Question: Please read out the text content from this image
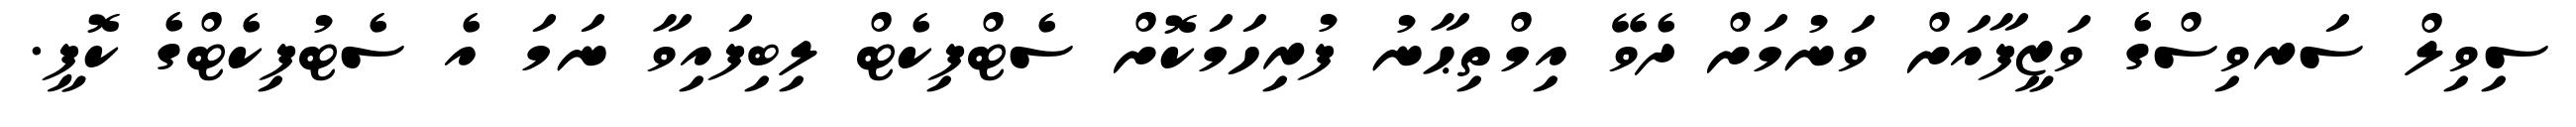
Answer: ސިވިލް ސަރވިސްގެ ވަޒީފާއަށް ވަނުމަށް ދެވޭ އިމްތިޙާނު ފުރިހަމަކޮށް ސެޓްފިކެޓް ލިބިފައިވާ ނަމަ އެ ސެޓުފިކެޓްގެ ކޮޕީ.